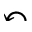
\curvearrowleft